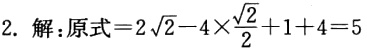
2. 解：原式\(=2\sqrt{2}-4\times\frac{\sqrt{2}}{2}+1 + 4=5\)